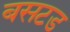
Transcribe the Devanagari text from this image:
बसटड